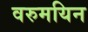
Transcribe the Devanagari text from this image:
वरुमयिन